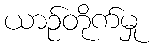
ယာဉ်တိုက်မှု